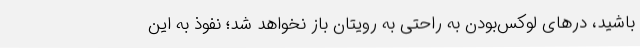
باشید، درهای لوکس‌بودن به راحتی به رویتان باز نخواهد شد؛ نفوذ به این